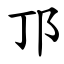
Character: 邒